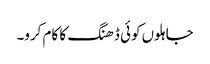
جاہلوں کوئی ڈھنگ کا کام کرو۔